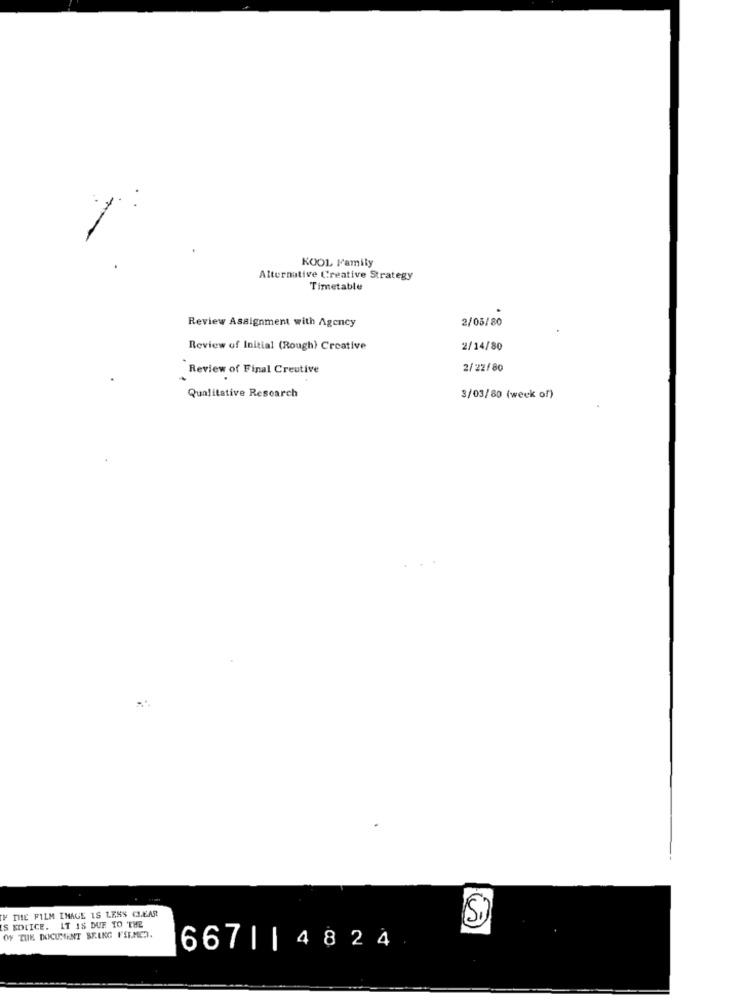
KOOL Family
Alternative Creative Strategy
Timetable
Review Assignment with Agency
2/05/80
Review of Initial (Rough) Creative
2/14/80
Review of Final Creutive
2/22/80
Qualitative Research
3/03/80 (week of)
IF THE FILM IMAGE IS LESS CLEAR
IS KOLICE. IT IS DUE TO THE
Si)
OF THE DOCUMENT BEING FILMED.
667| |4824